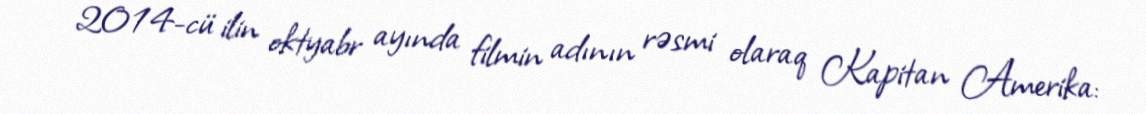
2014-cü ilin oktyabr ayında filmin adının rəsmi olaraq Kapitan Amerika: